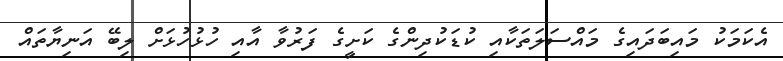
އެކަމަކު މައިބަދައިގެ މައްސަލަތަކާއި ކުޑަކުދިންގެ ކަށީގެ ފަރުވާ އާއި ހުޅުހުޅަށް ލިބޭ އަނިޔާތައް